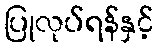
ပြုလုပ်ရန်နှင့်